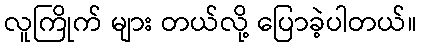
လူကြိုက် များ တယ်လို့ ပြောခဲ့ပါတယ်။